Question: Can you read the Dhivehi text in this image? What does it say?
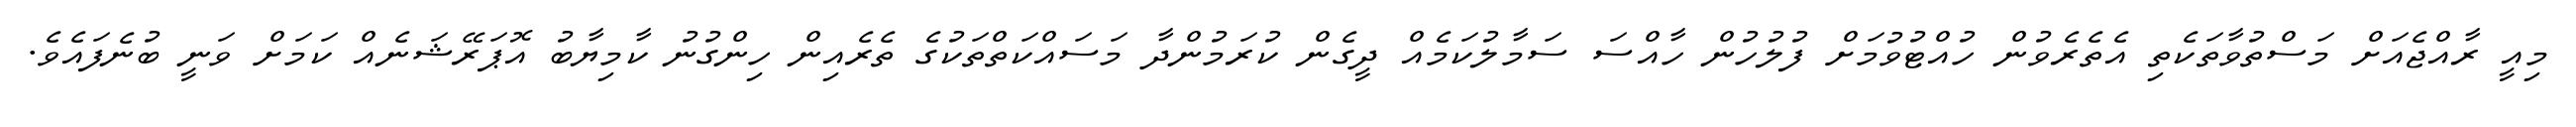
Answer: މިއީ ރާއްޖެއަށް މަސްތުވާތަކެތި އެތެރެވުން ހުއްޓުވުމަށް ފުލުހުން ހާއްސަ ސަމާލުކަމެއް ދީގެން ކުރަމުންދާ މަސައްކަތްތަކުގެ ތެރެއިން ހިންގުނު ކާމިޔާބު އޮޕަރޭޝަނެއް ކަމަށް ވަނީ ބުނެފައެވެ.